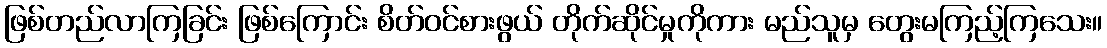
ဖြစ်တည်လာကြခြင်း ဖြစ်ကြောင်း စိတ်ဝင်စားဖွယ် တိုက်ဆိုင်မှုကိုကား မည်သူမှ တွေးမကြည့်ကြသေး။